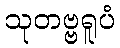
သုတဗ္ဗရူပံ